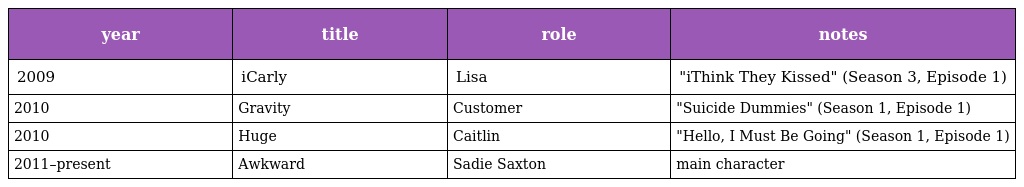
| year | title | role | notes |
 | --- | --- | --- | --- |
 | 2009 | iCarly | Lisa | "iThink They Kissed" (Season 3, Episode 1) |
 | 2010 | Gravity | Customer | "Suicide Dummies" (Season 1, Episode 1) |
 | 2010 | Huge | Caitlin | "Hello, I Must Be Going" (Season 1, Episode 1) |
 | 2011–present | Awkward | Sadie Saxton | main character |